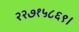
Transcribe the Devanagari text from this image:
२२७१५८६९।